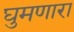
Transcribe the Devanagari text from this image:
घुमणारा